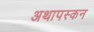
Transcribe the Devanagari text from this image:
अथापस्कन